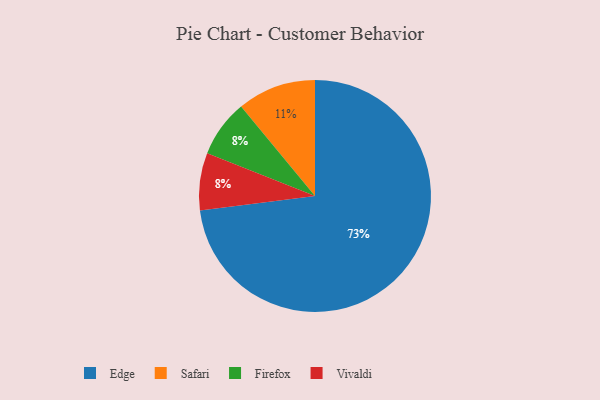
{"axis": {"x": "Category", "y": "Percentage"}, "legend": ["Edge", "Firefox", "Safari", "Vivaldi"], "data": [{"x": "Edge", "y": 73, "type": "Edge"}, {"x": "Safari", "y": 11, "type": "Safari"}, {"x": "Firefox", "y": 8, "type": "Firefox"}, {"x": "Vivaldi", "y": 8, "type": "Vivaldi"}]}